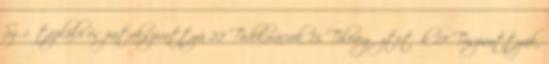
Szűrőtápláló és patakszivattyú 22 Tódekorációk 15 Tólevegőztetők 17 Tószivattyúk,